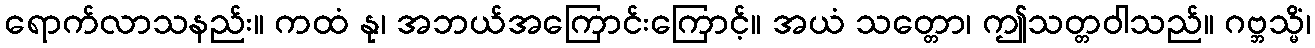
ရောက်လာသနည်း။ ကထံ နု၊ အဘယ်အကြောင်းကြောင့်။ အယံ သတ္တော၊ ဤသတ္တဝါသည်။ ဂဗ္ဘသ္မိံ၊